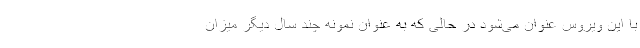
با این ویروس عنوان می‌شود در حالی که به عنوان نمونه چند سال دیگر میزان